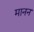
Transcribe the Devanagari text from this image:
मानन